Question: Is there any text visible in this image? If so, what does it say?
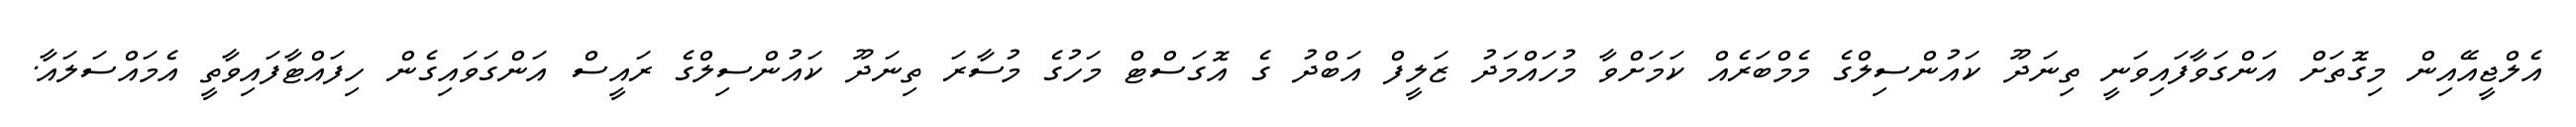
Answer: އެލްޖީއޭއިން މިގޮތަށް އަންގަވާފައިވަނީ ތިނަދޫ ކައުންސިލްގެ މެމްބަރެއް ކަމަށްވާ މުހައްމަދު ޒަލީފް އަބްދު ގެ އޮގަސްޓް މަހުގެ މުސާރަ ތިނަދޫ ކައުންސިލްގެ ރައީސް އަންގަވައިގެން ހިފައްޓާފައިވާތީ އެމައްސަލައާ.